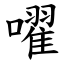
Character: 嚁